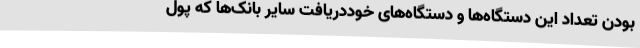
بودن تعداد این دستگاه‌ها و دستگاه‌های خوددریافت سایر بانک‌ها که پول